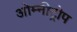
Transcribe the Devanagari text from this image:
ओम्नीट्रोप